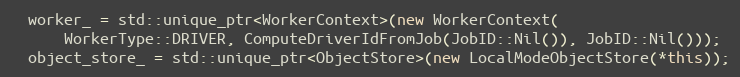
Language: C++
  worker_ = std::unique_ptr<WorkerContext>(new WorkerContext(
      WorkerType::DRIVER, ComputeDriverIdFromJob(JobID::Nil()), JobID::Nil()));
  object_store_ = std::unique_ptr<ObjectStore>(new LocalModeObjectStore(*this));